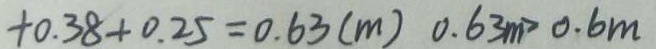
+ 0 . 3 8 + 0 . 2 5 = 0 . 6 3 ( m ) 0 . 6 3 m > 0 . 6 m